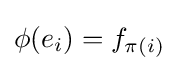
\phi (e_{i})=f_{\pi (i)}